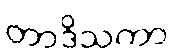
တာဒိသကာ